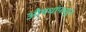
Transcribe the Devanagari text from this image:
औषधांपासून